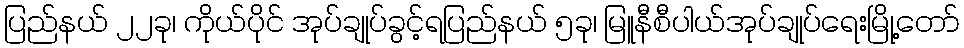
ပြည်နယ် ၂၂ခု၊ ကိုယ်ပိုင် အုပ်ချုပ်ခွင့်ရပြည်နယ် ၅ခု၊ မြူနီစီပါယ်အုပ်ချုပ်ရေးမြို့တော်